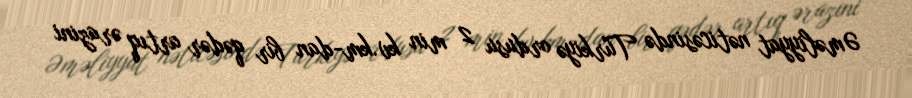
Əməliyyat nəticəsində Türkiyə ordusu 2 min kv.km-dan bir qədər artıq ərazini